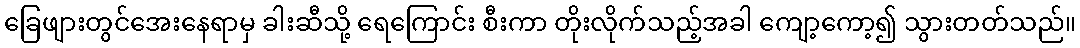
ခြေဖျားတွင်အေးနေရာမှ ခါးဆီသို့ ရေကြောင်း စီးကာ တိုးလိုက်သည့်အခါ ကျော့ကော့၍ သွားတတ်သည်။